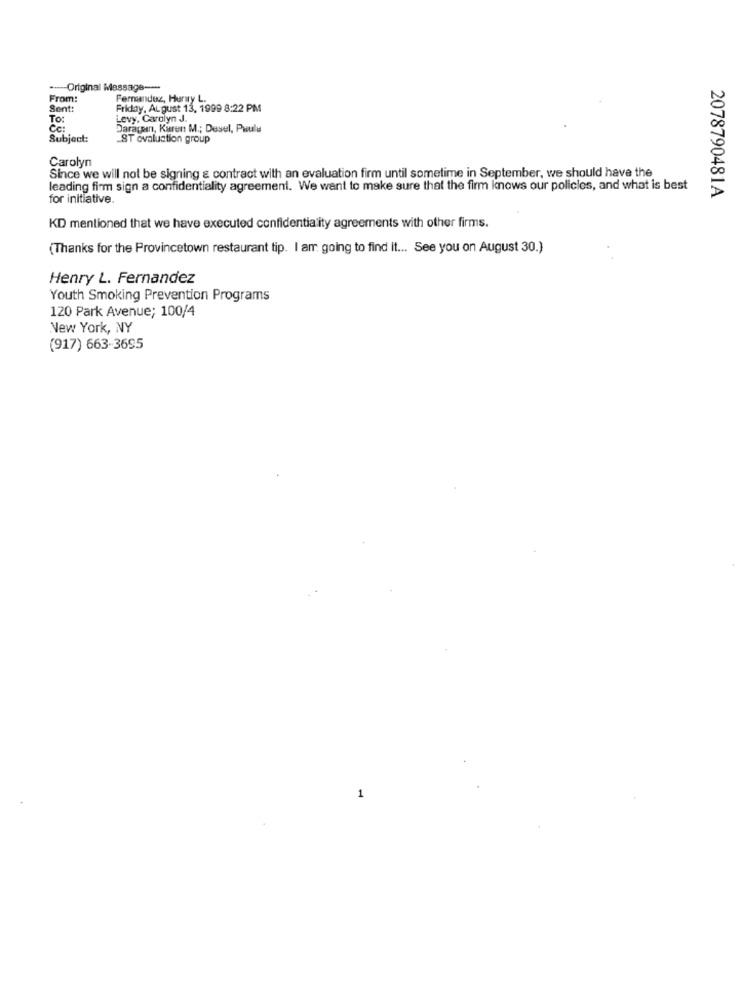
--- Original Message ---
From:
Fernandez, Hurry L.
Sent:
Friday, August 13, 1999 8:22 PM
To:
Levy, Carolyn J.
Cc:
Darappen, Karen M .; Desel, Paula
Subject:
ST ovaluation group
Carolyn
Since we will not be signing & contract with an evaluation firm until sometime in September, we should have the
leading firm sign a confidentiality agreement. We want to make sure that the firm knows our policies, and what is best
for initiative.
2078790481A
KD mentioned that we have executed confidentiality agreements with other firms.
(Thanks for the Provincetown restaurant tip. I am going to find It ... See you on August 30.)
Henry L. Fernandez
Youth Smoking Prevention Programs
120 Park Avenue; 100/4
New York, NY
(917) 663-3695
1